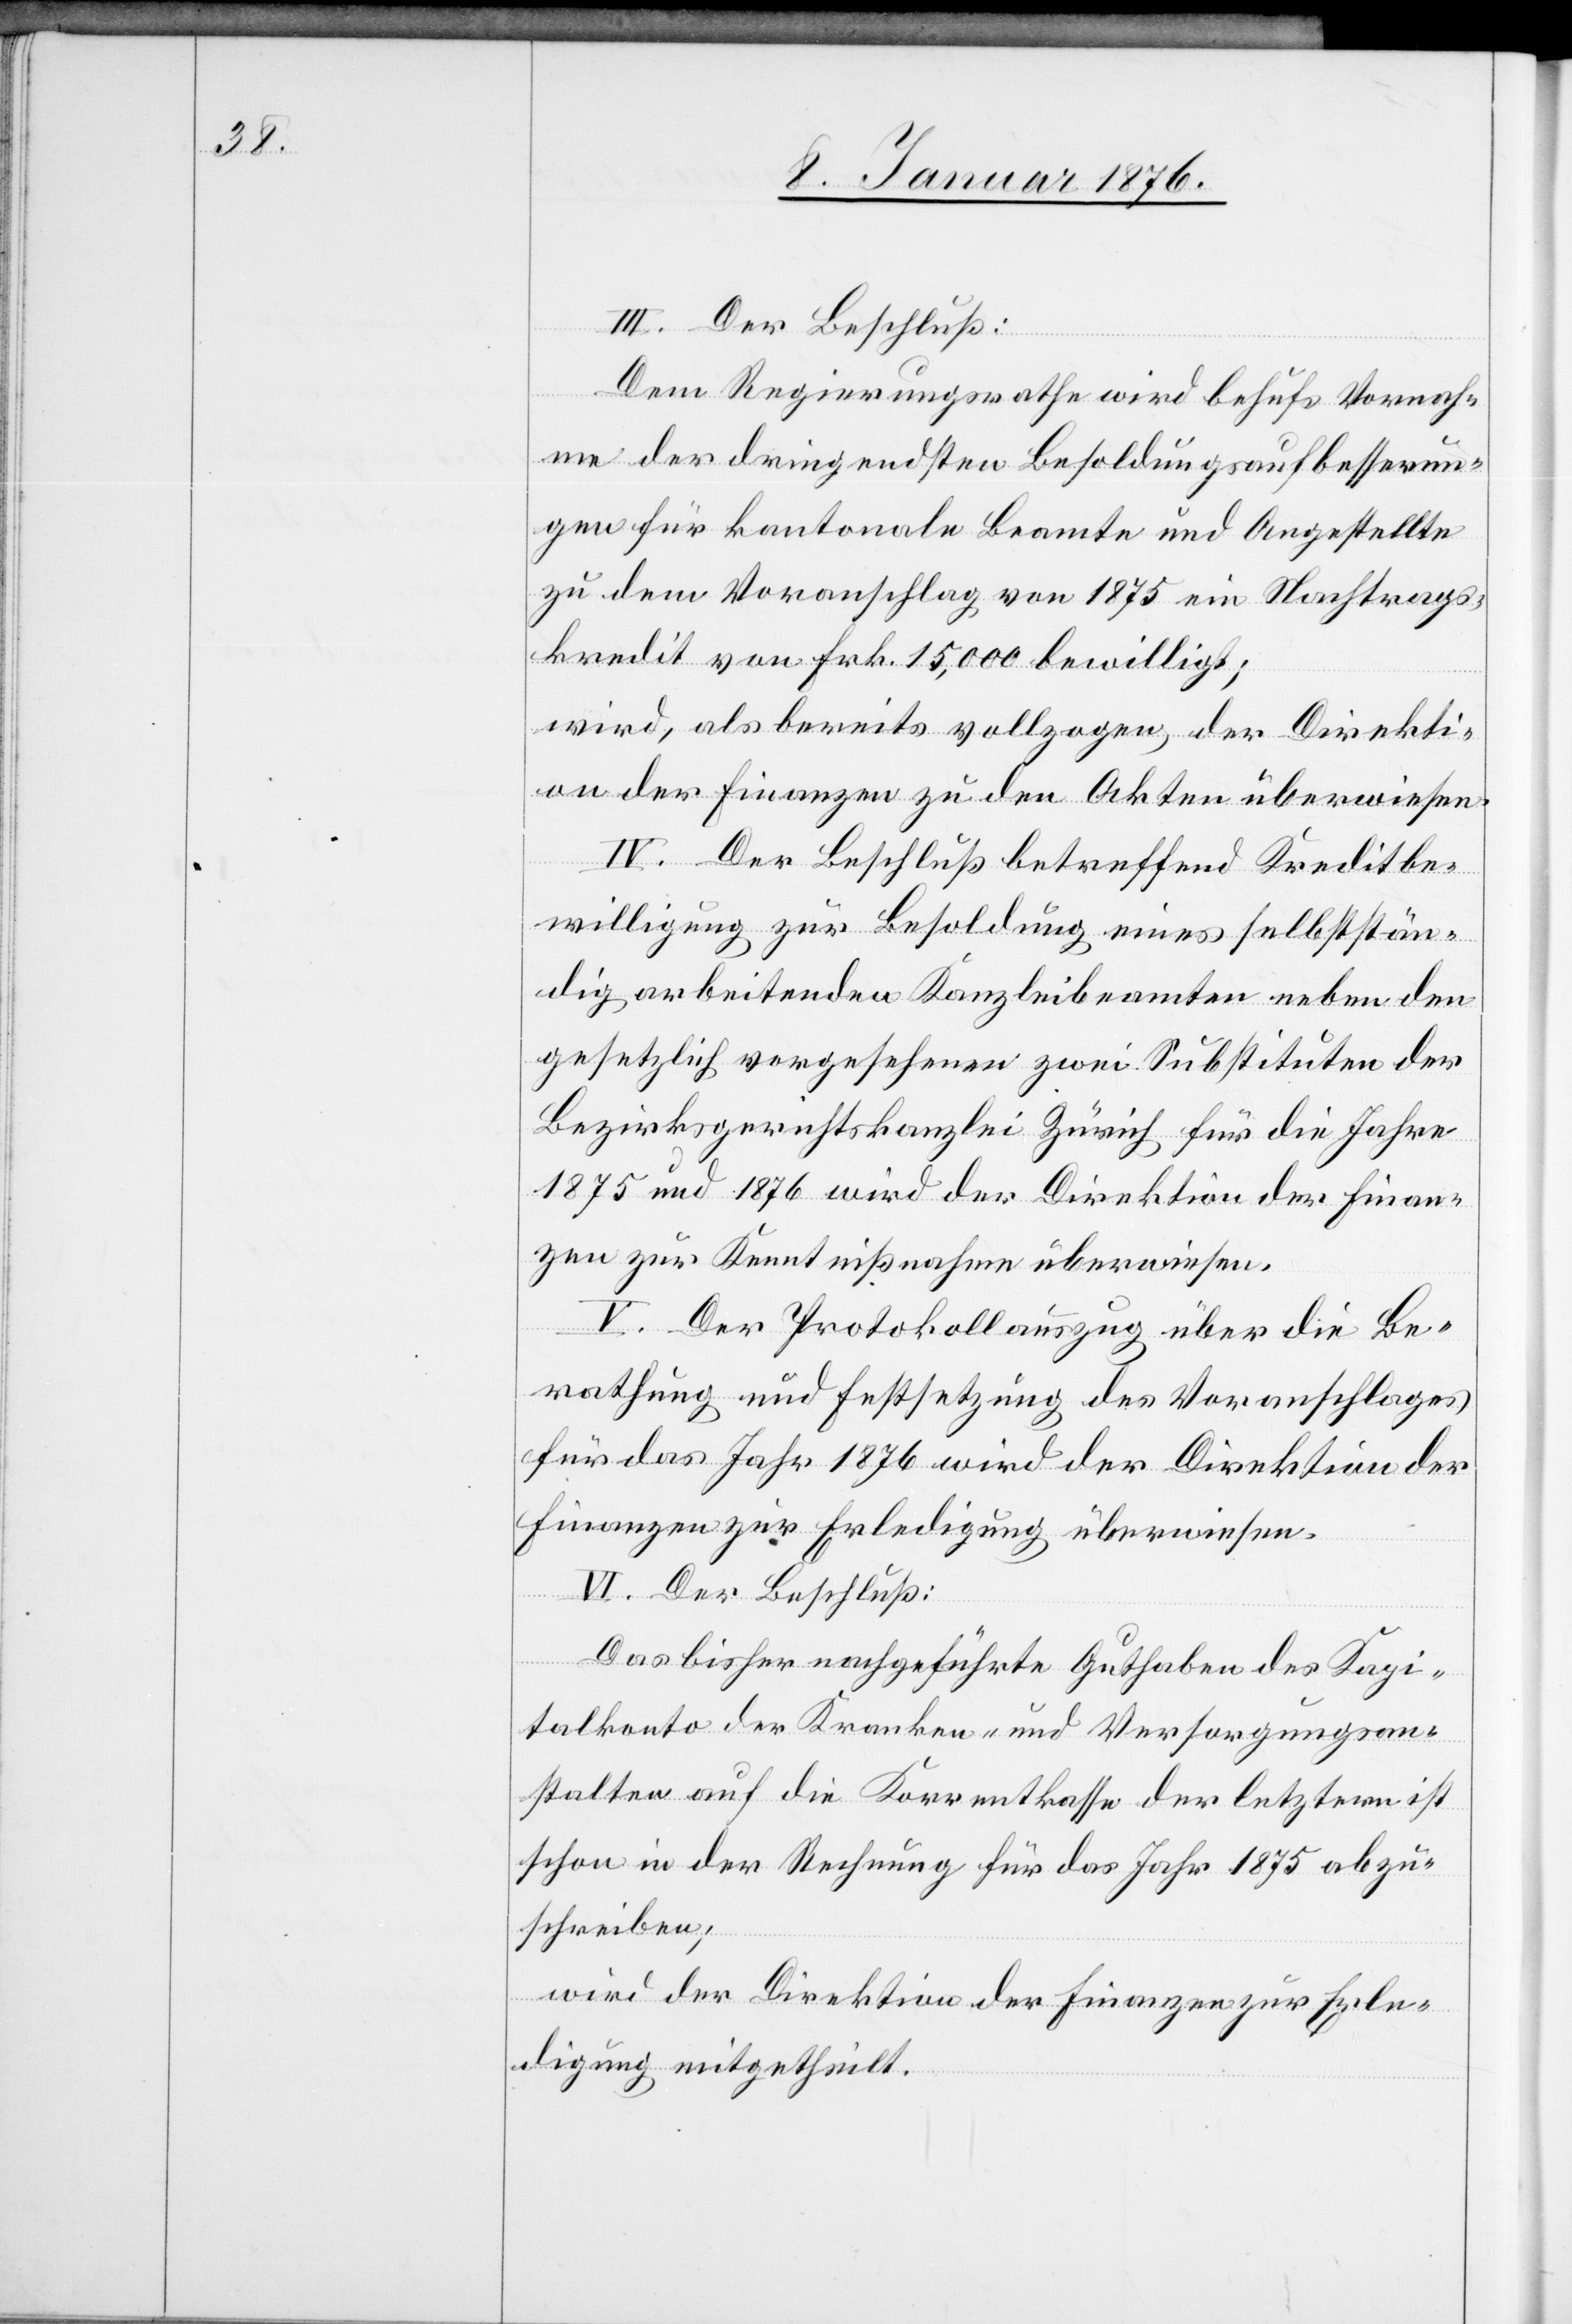
III. Der Beschluß:
Dem Regierungsrathe wird behufs Vornah¬
me der dringendsten Besoldungsaufbesserun¬
gen für kantonale Beamte und Angestellte
zu dem Voranschlag von 1875 ein Nachtrags¬
kredit von Frk. 15,000 bewilligt;
wird, als bereits vollzogen, der Direkti¬
on der Finanzen zu den Akten überwiesen.
IV. Der Beschluß betreffend Kreditbe¬
willigung zur Besoldung eines selbststän¬
dig arbeitenden Kanzleibeamten neben den
gesetzlich vorgesehenen zwei Substituten der
Bezirksgerichtskanzlei Zürich für die Jahre
1875 und 1876 wird der Direktion der Finan¬
zen zur Kenntnißnahme überwiesen.
V. Der Protokollauszug über die Be¬
rathung und Festsetzung des Voranschlages
für das Jahr 1876 wird der Direktion der
Finanzen zur Erledigung überwiesen.
VI. Der Beschluß:
Das bisher nachgeführte Guthaben des Kapi¬
talkonto der Kranken- und Versorgungsan¬
stalten auf die Korrentkasse der letztern ist
schon in der Rechnung für das Jahr 1875 abzu¬
schreiben;
wird der Direktion der Finanzen zur Erle¬
digung mitgetheilt.